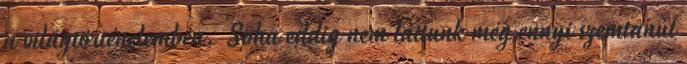
a világtörténelemben. Soha eddig nem láttunk még ennyi szemtanút